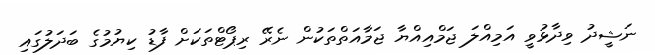
ނަޝީދު ވިދާޅުވީ އަމިއްލަ ޖަމްއިއްޔާ ޖަމާއަތްތަކުން ނެރޭ ރިޕޯޓްތަކަށް ފާޑު ކިޔުމުގެ ބަދަލުގައި